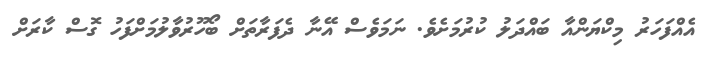
އެއްފަހަރު މިކްޔަންއާ ބައްދަލު ކުރުމަށެވެ. ނަމަވެސް އޭނާ ދެފަރާތަށް ބޯހޫރުވާލުމަށްފަހު ގޮސް ކާރަށް